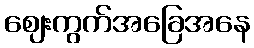
ဈေးကွက်အခြေအနေ